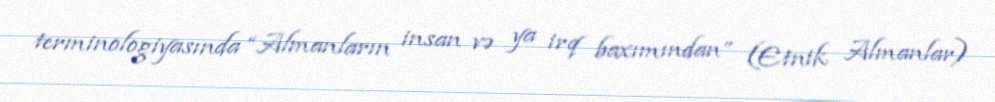
terminologiyasında “Almanların insan və ya irq baxımından” (Etnik Almanlar)